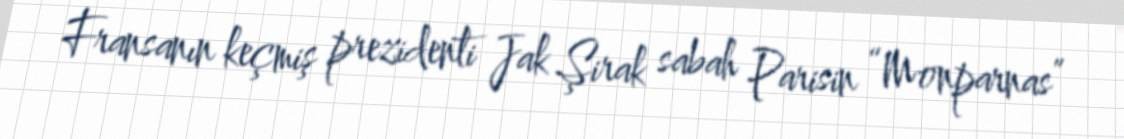
Fransanın keçmiş prezidenti Jak Şirak sabah Parisin “Monparnas”